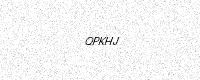
Text: QPKHJ